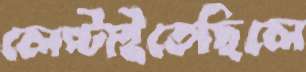
লেপ্‌টাইতেছিলে